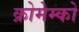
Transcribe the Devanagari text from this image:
क्रोमेम्को